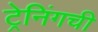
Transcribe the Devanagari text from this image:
ट्रेनिंगची